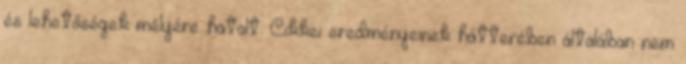
és lehetőségek mélyére hatolt. Cikkei eredményeinek hátterében általában nem